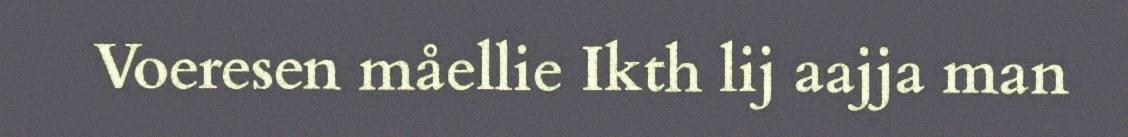
Voeresen måellie Ikth lij aajja man